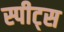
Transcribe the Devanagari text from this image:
स्पीट्स